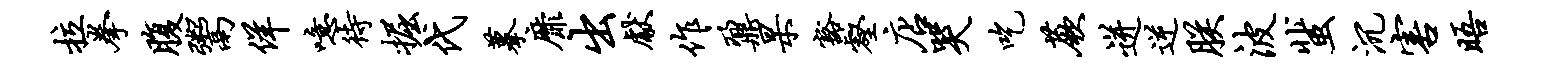
拉拳腹鬻佯噫待掘代摹靡出献作鼐杲豁壑店哭吃蕨迸逆朕波蜚沉害晤